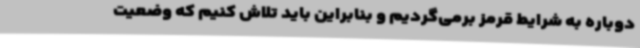
دوباره به شرایط قرمز برمی‌گردیم و بنابراین باید تلاش کنیم که وضعیت